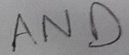
Text: AND